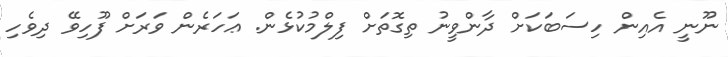
ނޫނީ އެއިން ހިސަބަކަށް ދާންވީނު ތިގޮތަށް ފިލްމުކުޅެން. ޢަހަރެން ވަރަށް ފޫހިވޭ ދިވެހި